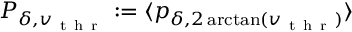
P _ { \delta , v _ { \mathrm { ~ t ~ h ~ r ~ } } } : = \langle p _ { \delta , 2 \arctan ( v _ { \mathrm { ~ t ~ h ~ r ~ } } ) } \rangle